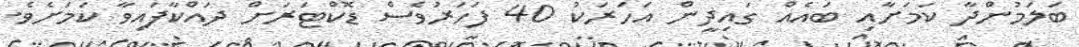
ބަލަމުންދާ ކަމަށާއި ބައެއް ގައިދީން އަހަރަކު 40 ފަހަރުވެސް ޑޮކްޓަަަރަށް ދައްކާފައިވާ ކަަމަށެވެ.